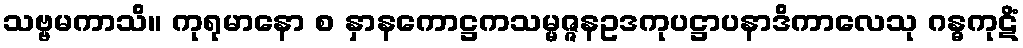
သဗ္ဗမကာသိ။ ကုရုမာနော စ နှာနကောဋ္ဌကသမ္မဇ္ဇနဥဒကုပဋ္ဌာပနာဒိကာလေသု ဂန္ဓကုဋိံ